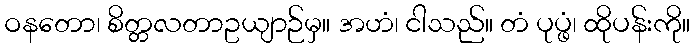
ဝနတော၊ စိတ္တလတာဥယျာဉ်မှ။ အဟံ၊ ငါသည်။ တံ ပုပ္ဖံ၊ ထိုပန်းကို။